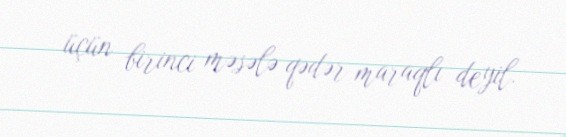
üçün birinci məsələ qədər maraqlı deyil.